Indian journal of veterinary science and animal husbandry - Volumes 18-21, 1948-1951
Year: 1948
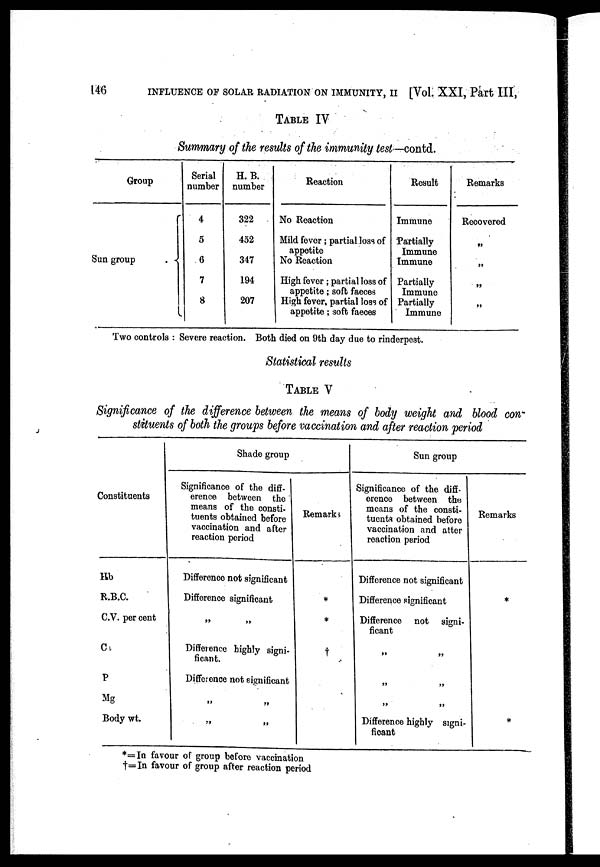
146
INFLUENCE OF SOLAR RADIATION ON IMMUNITY, II [Vol. XXI, Part III,
TABLE IV
Summary of the results of the immunity test—contd.
Group
Sun group
Serial
number
4
5
6
7
8
H. B.
number
322
452
347
194
207
Reaction
No Reaction
Mild fever ; partial loss of
appetite
No Reaction
High fever ; partial loss of
appetite; soft faeces
High fever, partial loss of
appetite ; soft faeces
Result
Immune
Partially
Immune
Immune
Partially
Immune
Partially
Immune
Remarks
Recovered
„
„
„
„
Two controls : Severe reaction. Both died on 9th day due to rinderpest.
Statistical results
TABLE V
Significance of the difference between the means of body weight and blood con'
stituents of both the groups before vaccination and after reaction period
Constituents
Kb
R.B.C.
C.V. per cent
C
P
Mg
Body wt.
Shade group
Significance of the diff-
erence between the
means of the consti-
tuents obtained before
vaccination and after
reaction period
Difference not significant
Difference significant
„ „
Difference highly signi-
ficant.
Difference not significant
„ „
„ „
Remark,
*
*
†
Sun group
Significance of the diff.
erence between the
means of the consti-
tuents obtained before
vaccination and after
reaction period
Difference not significant
Difference significant
Difference not signi-
ficant
„ „
„ „
„ „
Difference highly signi-
ficant
Remarks
*
*
*=In favour of group before vaccination
†=In favour of group after reaction period